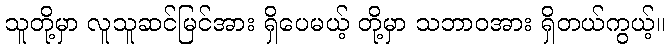
သူတို့မှာ လူသူဆင်မြင်အား ရှိပေမယ့် တို့မှာ သဘာဝအား ရှိတယ်ကွယ့်။